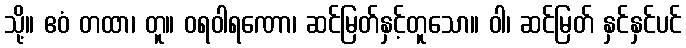
သို့။ ဧဝံ တထာ၊ တူ။ ဝရဝါရဏော၊ ဆင်မြတ်နှင့်တူသော။ ဝါ၊ ဆင်မြတ် နှင်နှင်ပင်